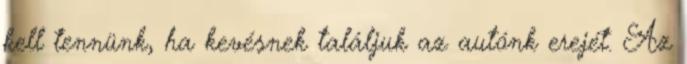
kell tennünk, ha kevésnek találjuk az autónk erejét. Az